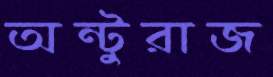
অন্টুরাজ